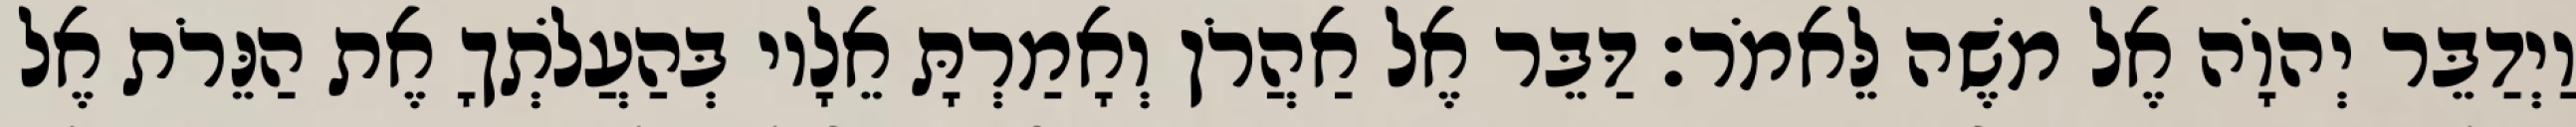
וַיְדַבֵּר יְהוָֹה אֶל משֶׁה לֵּאמֹר׃ דַּבֵּר אֶל אַהֲרֹן וְאָמַרְתָּ אֵלָיו בְּהַעֲלֹתְךָ אֶת הַנֵּרֹת אֶל